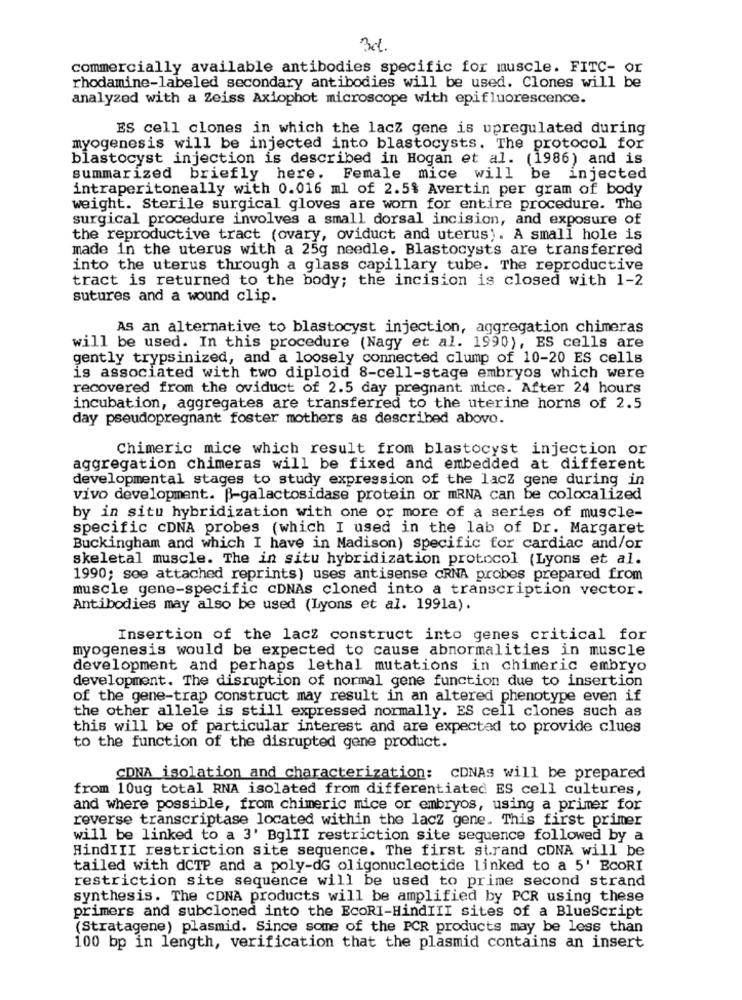
3d
commercially available antibodies specific for muscle. FITC- or
rhodamine-labeled secondary antibodies will be used. Clones will be
analyzed with a Zeiss Axiophot microscope with epifluorescence.
ES cell clones in which the lacz gene is upregulated during
myogenesis will be injected into blastocysts. The protocol for
blastocyst injection is described in Hogan et al. (1986) and is
summarized briefly here. Female mice will be injected
intraperitoneally with 0.016 ml of 2.5% Avertin per gram of body
weight. Sterile surgical gloves are worn for entire procedure. The
surgical procedure involves a small dorsal incision, and exposure of
the reproductive tract (ovary, oviduct and uterus). A small hole is
made in the uterus with a 25g needle. Blastocysts are transferred
into the uterus through a glass capillary tube. The reproductive
tract is returned to the body; the incision is closed with 1-2
sutures and a wound clip.
As an alternative to blastocyst injection, aggregation chimeras
will be used. In this procedure (Nagy et al. 1990), ES cells are
gently trypsinized, and a loosely connected clump of 10-20 ES cells
is associated with two diploid 8-cell-stage embryos which were
recovered from the oviduct of 2.5 day pregnant mice. After 24 hours
incubation, aggregates are transferred to the uterine horns of 2.5
day pseudopregnant foster mothers as described above.
Chimeric mice which result from blastocyst injection or
aggregation chimeras will be fixed and embedded at different
developmental stages to study expression of the lacz gene during in
vivo development. B-galactosidase protein or mRNA can be colocalized
by in situ hybridization with one or more of a series of muscle-
specific cDNA probes (which I used in the lab of Dr. Margaret
Buckingham and which I have in Madison) specific for cardiac and/or
skeletal muscle. The in situ hybridization protocol (Lyons et al.
1990; see attached reprints) uses antisense cRNA probes prepared from
muscle gene-specific CDNAs cloned into a transcription vector.
Antibodies may also be used (Lyons et al. 1991a).
Insertion of the lacz construct into genes critical for
myogenesis would be expected to cause abnormalities in muscle
development and perhaps lethal mutations in chimeric embryo
development. The disruption of normal gene function due to insertion
of the gene-trap construct may result in an altered phenotype even if
the other allele is still expressed normally. ES cell clones such as
this will be of particular interest and are expected to provide clues
to the function of the disrupted gene product.
CDNA isolation and characterization: CONAs will be prepared
from 10ug total RNA isolated from differentiated ES cell cultures,
and where possible, from chimeric mice or embryos, using a primer for
reverse transcriptase located within the lacz gene. This first primer
will be linked to a 3' BglII restriction site sequence followed by a
HindIII restriction site sequence. The first strand cDNA will be
tailed with dCTP and a poly-dG oligonucleotide linked to a 5' EcoRI
restriction site sequence will be used to prime second strand
synthesis. The CDNA products will be amplified by PCR using these
primers and subcloned into the EcoRI-HindIII sites of a BlueScript
(Stratagene) plasmid. Since some of the PCR products may be less than
100 bp in length, verification that the plasmid contains an insert